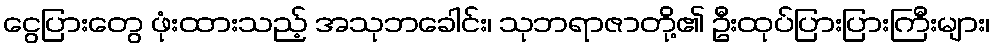
ငွေပြားတွေ ဖုံးထားသည့် အသုဘခေါင်း၊ သုဘရာဇာတို့၏ ဦးထုပ်ပြားပြားကြီးများ၊